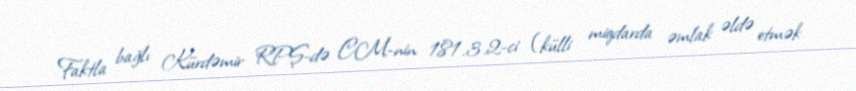
Faktla bağlı Kürdəmir RPŞ-də CM-nin 181.3.2-ci (külli miqdarda əmlak əldə etmək